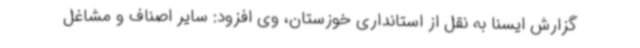
گزارش ایسنا به نقل از استانداری خوزستان، وی افزود: سایر اصناف و مشاغل